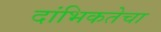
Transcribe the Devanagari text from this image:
दांभिकतेचा